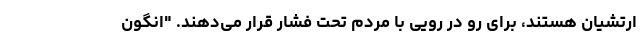
ارتشیان هستند، برای رو در ‌رویی با مردم تحت فشار قرار می‌دهند. "انگون